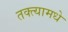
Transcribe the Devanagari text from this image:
तक्त्यामधे